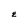
Character: E